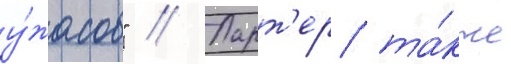
у́жасов" // Ларт'ер та́кже